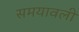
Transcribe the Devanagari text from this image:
समयावली